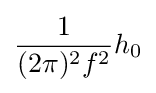
{\frac {1}{(2\pi )^{2}f^{2}}}h_{0}